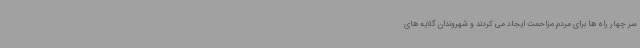
سر چهار راه ها برای مردم مزاحمت ایجاد می کردند و شهروندان گلایه های